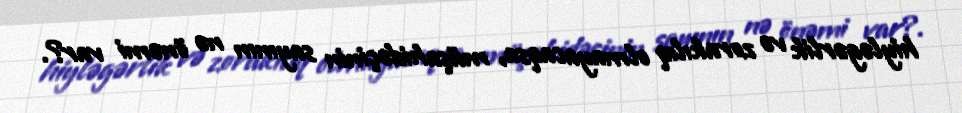
hiyləgərlik və zorakılıq olmayacaqsa, müşahidəçinin sayının nə önəmi var?.